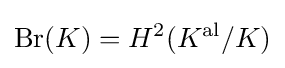
\operatorname {Br} (K)=H^{2}(K^{\text{al}}/K)